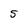
Character: 5